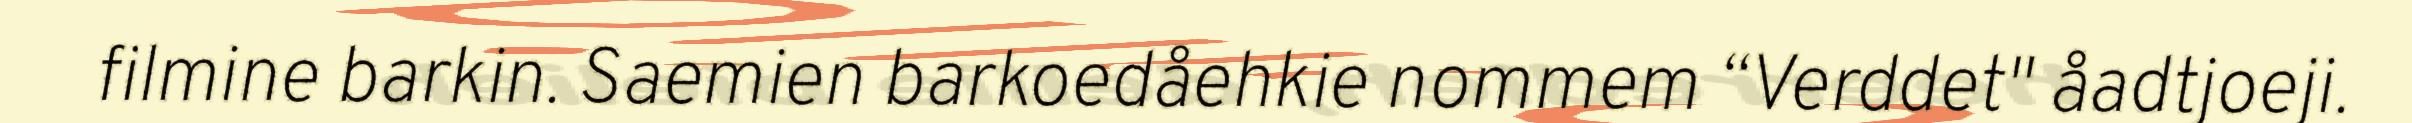
filmine barkin. Saemien barkoedåehkie nommem “Verddet" åadtjoeji.